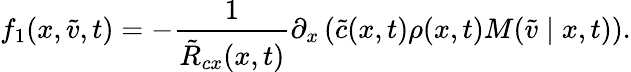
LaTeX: f_{1}(x,\tilde{v},t)=-\frac{1}{\tilde{R}_{cx}(x,t)}\partial_{x}\left(\tilde{c}(x,t)\rho(x,t)M(\tilde{v}\mid x,t)\right).